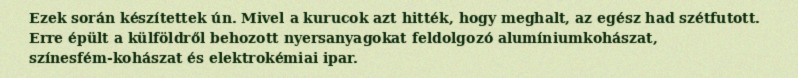
Ezek során készítettek ún. Mivel a kurucok azt hitték, hogy meghalt, az egész had szétfutott. Erre épült a külföldről behozott nyersanyagokat feldolgozó alumíniumkohászat, színesfém-kohászat és elektrokémiai ipar.